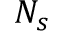
N _ { s }